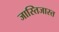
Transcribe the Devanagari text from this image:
जास्तिजास्त